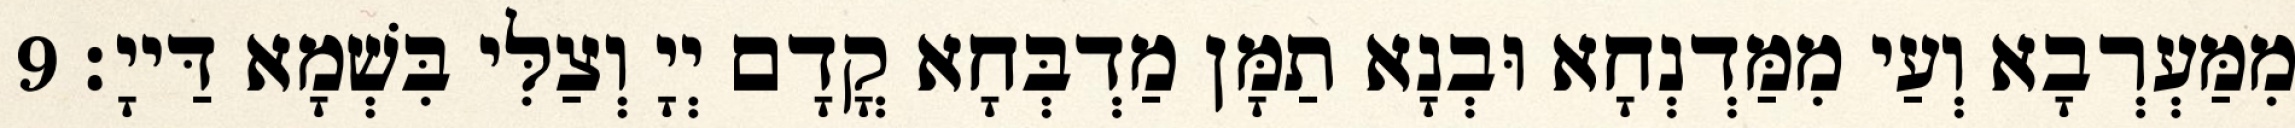
מִמַּעְרְבָא וְעַי מִמַּדְנְחָא וּבְנָא תַמָּן מַדְבְּחָא קֳדָם יְיָ וְצַלִּי בִּשְׁמָא דַּייָ׃ 9